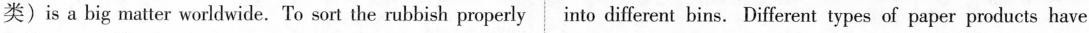
类)is a big matter worldwide. To sort the rubbish properly into different bins. Different types of paper products have